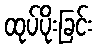
ထုပ်ပိုးခြင်း